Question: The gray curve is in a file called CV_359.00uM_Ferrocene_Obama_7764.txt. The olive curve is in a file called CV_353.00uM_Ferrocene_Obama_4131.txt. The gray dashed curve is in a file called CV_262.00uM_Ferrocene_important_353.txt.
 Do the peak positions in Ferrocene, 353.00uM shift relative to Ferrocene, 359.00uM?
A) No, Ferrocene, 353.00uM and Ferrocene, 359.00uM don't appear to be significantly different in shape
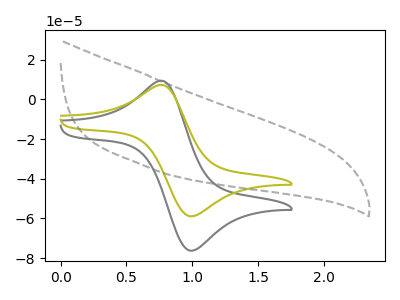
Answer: <think>The gray curve "Ferrocene, 359.00uM" has an anodic peak at (0.80V, 9.25uA) and a cathodic peak at (1.00V, -76.30uA). The olive curve "Ferrocene, 353.00uM" has an anodic peak at (0.80V, 7.15uA) and a cathodic peak at (1.00V, -58.95uA). The gray dashed curve "Ferrocene, 262.00uM" has no peaks.
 All the peaks in "Ferrocene, 353.00uM" have a peak in "Ferrocene, 359.00uM" at the same potential. Every peak in "Ferrocene, 353.00uM" is lower than every peak in "Ferrocene, 359.00uM".</think>
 <answer>A) No, "Ferrocene, 353.00uM" and "Ferrocene, 359.00uM" don't appear to be significantly different in shape</answer>
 <eval>A</eval>